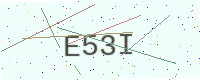
Text: E53I